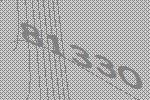
81330